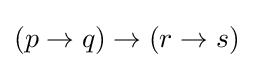
(p\to q)\to (r\to s)